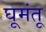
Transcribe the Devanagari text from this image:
घूमंतू